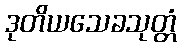
ဒုတိယသေခသုတ္တံ